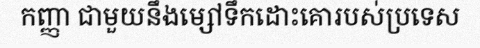
កញ្ញា ជាមួយនឹងម្សៅទឹកដោះគោរបស់ប្រទេស